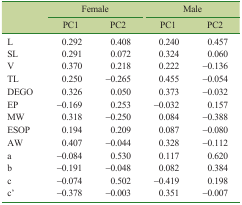
<table><thead><tr><td rowspan="3"></td><td colspan="2"><b>Female</b></td><td colspan="2"><b>Male</b></td></tr><tr><td><b>PC1</b></td><td><b>PC2</b></td><td><b>PC1</b></td><td><b>PC2</b></td></tr></thead><tbody><tr><td>L</td><td>0.292</td><td>0.408</td><td>0.240</td><td>0.457</td></tr><tr><td>SL</td><td>0.291</td><td>0.072</td><td>0.324</td><td>0.060</td></tr><tr><td>V</td><td>0.370</td><td>0.218</td><td>0.222</td><td>−0.136</td></tr><tr><td>TL</td><td>0.250</td><td>−0.265</td><td>0.455</td><td>−0.054</td></tr><tr><td>DEGO</td><td>0.326</td><td>0.050</td><td>0.373</td><td>−0.032</td></tr><tr><td>EP</td><td>−0.169</td><td>0.253</td><td>−0.032</td><td>0.157</td></tr><tr><td>MW</td><td>0.318</td><td>−0.250</td><td>0.084</td><td>−0.388</td></tr><tr><td>ESOP</td><td>0.194</td><td>0.209</td><td>0.087</td><td>−0.080</td></tr><tr><td>AW</td><td>0.407</td><td>−0.044</td><td>0.328</td><td>−0.112</td></tr><tr><td>a</td><td>−0.084</td><td>0.530</td><td>0.117</td><td>0.620</td></tr><tr><td>b</td><td>−0.191</td><td>−0.048</td><td>0.082</td><td>0.384</td></tr><tr><td>c</td><td>−0.074</td><td>0.502</td><td>−0.419</td><td>0.198</td></tr><tr><td>c′</td><td>−0.378</td><td>−0.003</td><td>0.351</td><td>−0.007</td></tr></tbody></table>